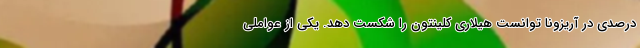
درصدی در آریزونا توانست هیلاری کلینتون را شکست دهد. یکی از عواملی